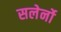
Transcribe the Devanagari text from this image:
सलेर्नो